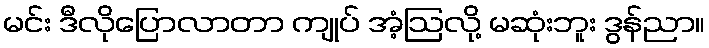
မင်း ဒီလိုပြောလာတာ ကျုပ် အံ့ဩလို့ မဆုံးဘူး ဒွန်ညာ။